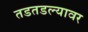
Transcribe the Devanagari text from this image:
तडतडल्यावर